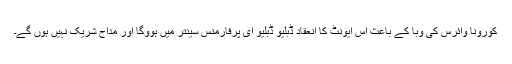
کورونا وائرس کی وبا کے باعث اس ایونٹ کا انعقاد ڈبلیو ڈبلیو ای پرفارمنس سینتر میں ہووگا اور مداح شریک نہیں ہوں گے۔